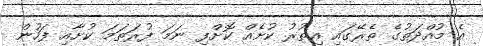
އެ މުއްދަތުގެ ތެރޭގައި އިތުރު ކުށެއް ކޮށްފި ނަމަ ފުރަތަމަ ކުށާއި ފަހުން